Leaving Certificate Examination (including Day School Certificate (Higher) General paper), 1934
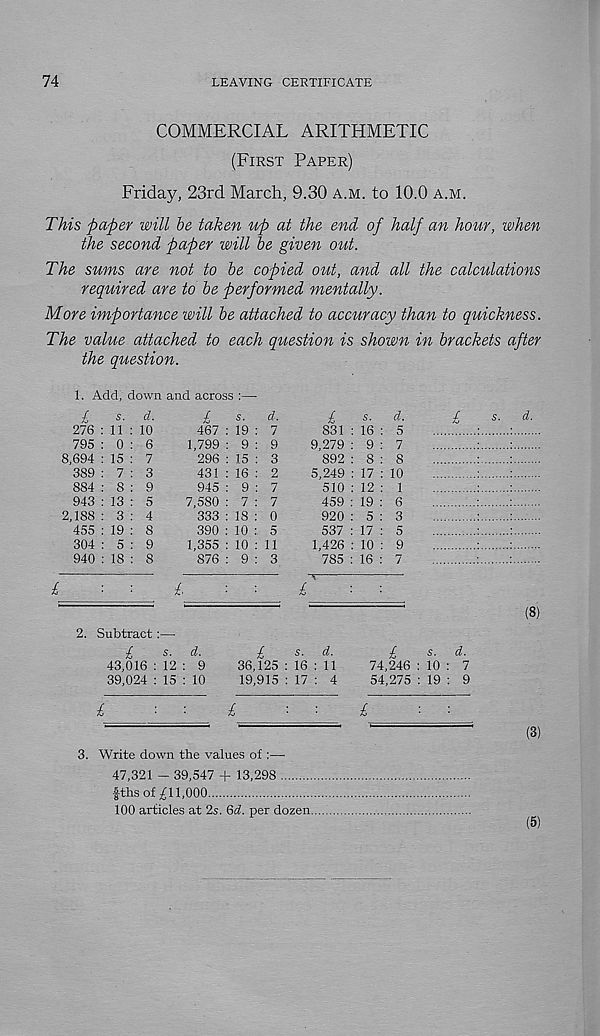
74
LEAVING CERTIFICATE
COMMERCIAL ARITHMETIC
(First Paper)
Friday, 23rd March, 9.30 a.m. to 10.0 a.m.
This paper will be taken up at the end of half an hour, when
the second paper will be given out.
The sums are not to be copied out, and all the calculations
required are to be performed mentally.
More importance will be attached to accuracy than to quickness.
The value attached to each question is shown in brackets after
the question.
1. Add, down and across :—
£
s- d.
276 : 11 : 10
795 : 0 : 6
8,694 : 15 : 7
389 : 7 : 3
884 : 8 : 9
943 : 13 : 5
2,188 : 3 : 4
455 : 19 : 8
304 : 5 : 9
940 : 18 : 8
£
£
s. d.
467 : 19 : 7
1,799 : 9 : 9
296 : 15 : 3
431 : 16 : 2
945 : 9 : 7
7,580 : 7 : 7
333 : 18 : 0
390 : 10 : 5
1,355 : 10 : 11
876 : 9 : 3
£
s - d.
831 : 16 : 5
9,279 : 9 : 7
892 : 8 : 8
5,249 : 17 : 10
510 : 12 : 1
459 : 19 : 6
920 : 5 : 3
537 : 17 : 5
1,426 : 10 : 9
785 : 16 : 7
T
£
■
■
(8)
2. Subtract :—■
£
s. d.
£
s. d.
43,016 : 12 : 9
36,125 : 16 : 11
39,024 : 15 : 10
19,915 : 17 : 4
£
s. d.
74,246 : 10 : 7
54,275 : 19 : 9
£
(3)
3. Write down the values of :—
47,321 - 39,547 + 13,298
fths of ^11,000
100 articles at 2s. 6^. per dozen.
(5)